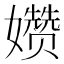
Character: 𫲗